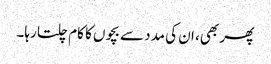
پھر بھی، ان کی مدد سے بچوں کا کام چلتا رہا۔